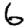
Digit: 6